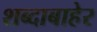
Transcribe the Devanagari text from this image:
शब्दाबाहेर